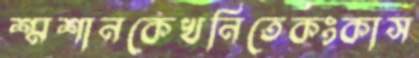
শ্মশানকেখনিতেকংকাস